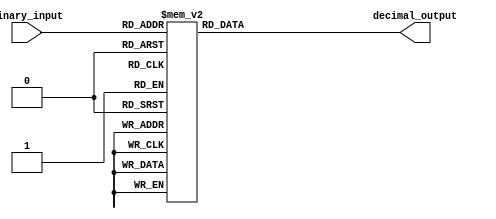
module decimal_decoder(input [2:0] binary_input, output reg [7:0] decimal_output);

always @(*)
begin
    case(binary_input)
        3'b000: decimal_output = 8'b00000001; // Decimal 1
        3'b001: decimal_output = 8'b00000010; // Decimal 2
        3'b010: decimal_output = 8'b00000100; // Decimal 4
        3'b011: decimal_output = 8'b00001000; // Decimal 8
        3'b100: decimal_output = 8'b00010000; // Decimal 16
        3'b101: decimal_output = 8'b00100000; // Decimal 32
        3'b110: decimal_output = 8'b01000000; // Decimal 64
        3'b111: decimal_output = 8'b10000000; // Decimal 128
        default: decimal_output = 8'b00000000; // Default case
    endcase
end

endmodule